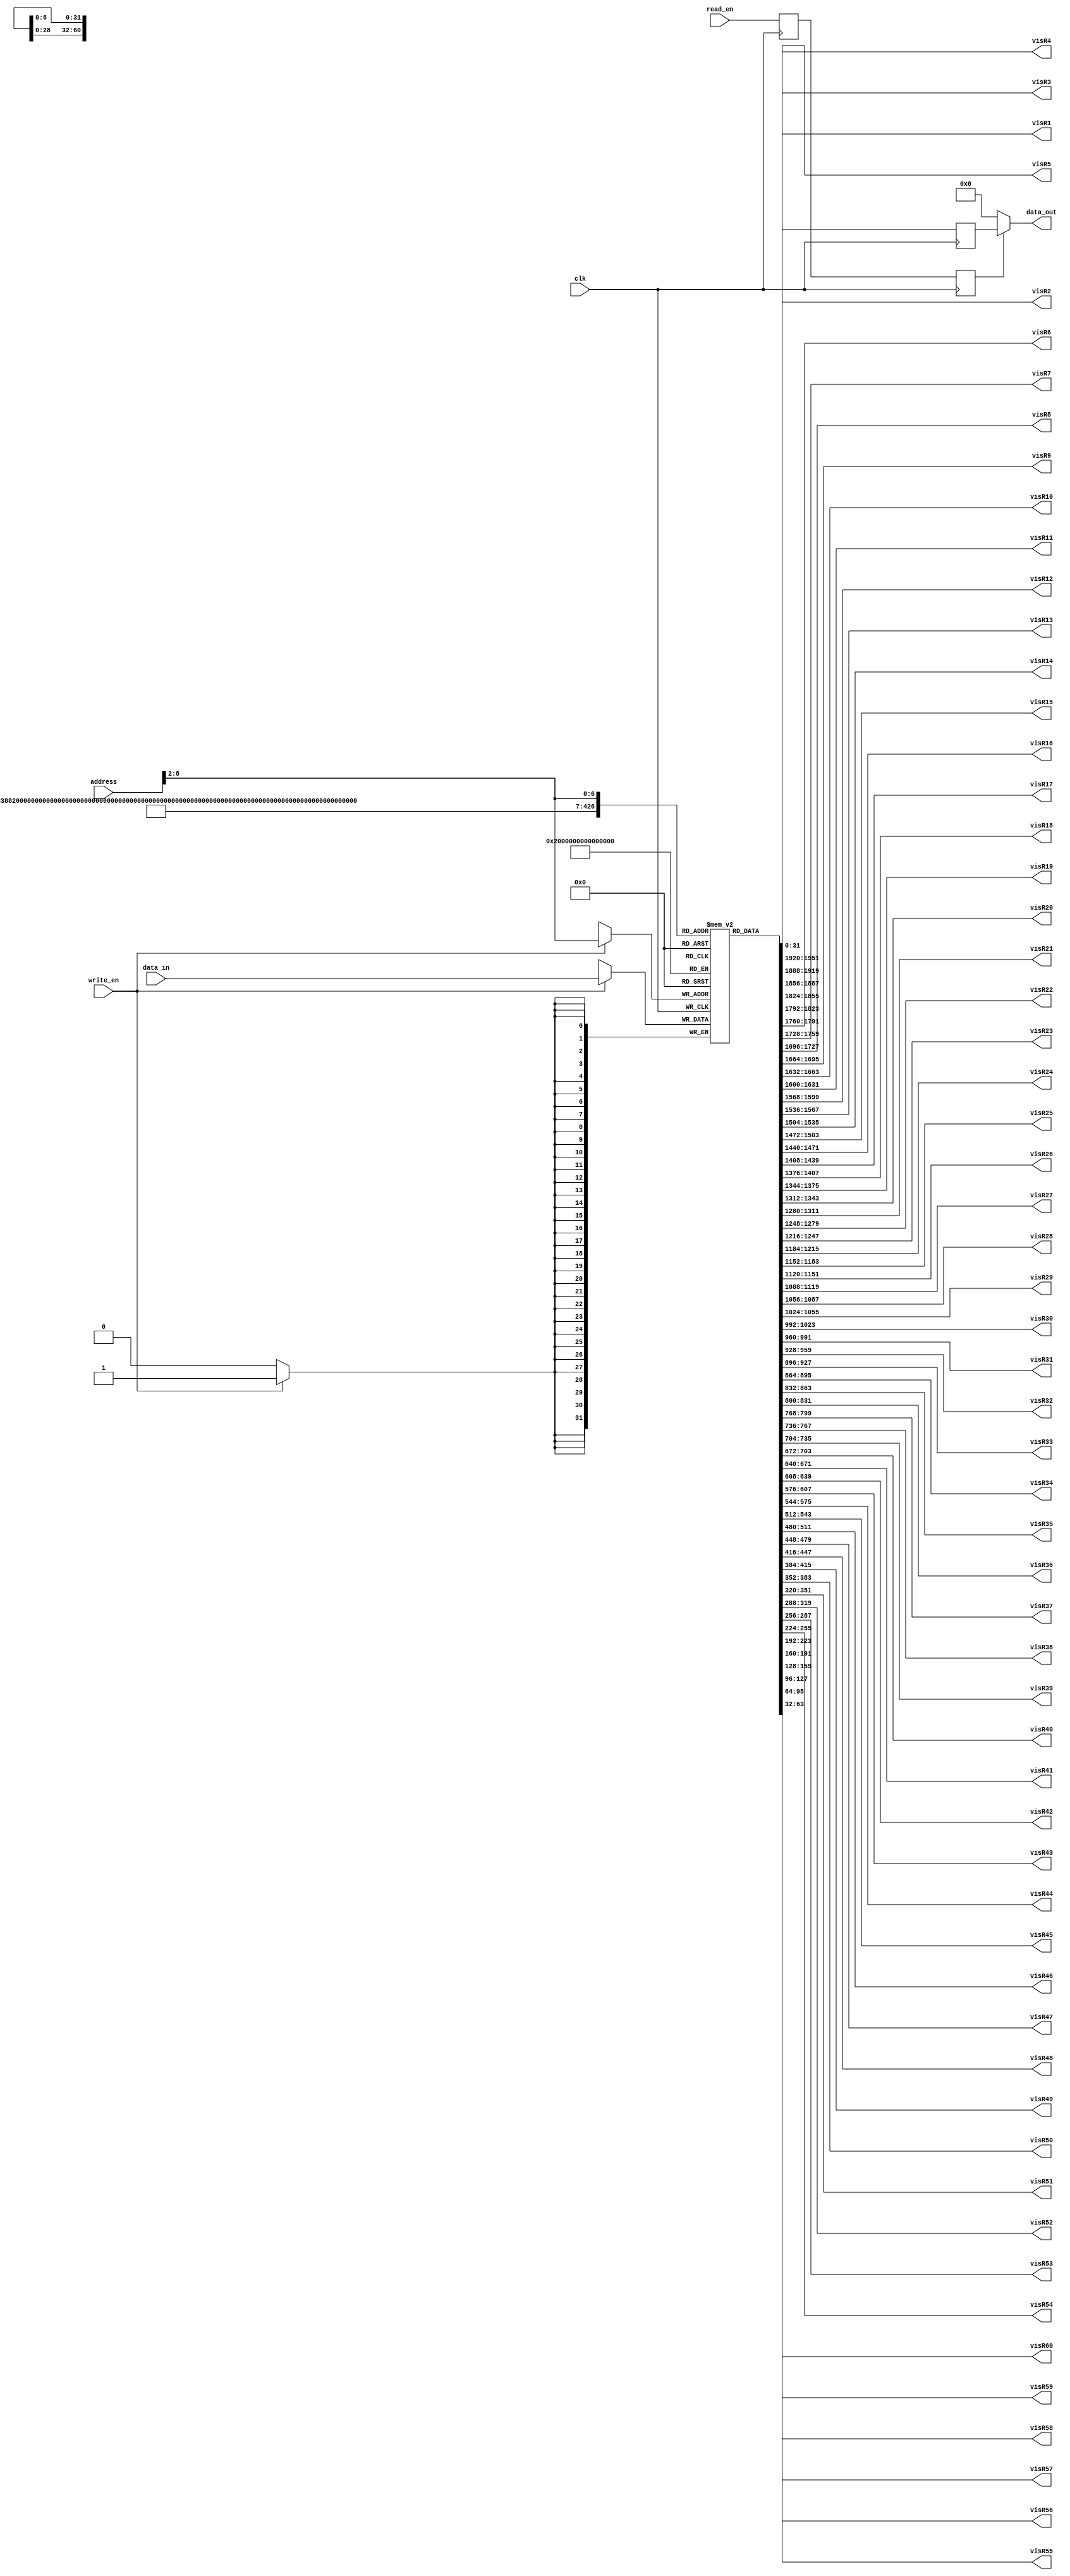
`ifndef RAM
`define RAM

`timescale 1ns / 1ps

module Ram # ( parameter DATA_WIDTH= 32, parameter ADDR_WIDTH=32, parameter MEM_SIZE=80 )
   (
    input wire 			 clk,
    input wire 			 write_en,
    input wire 			 read_en,
    input wire [ADDR_WIDTH-1:0]  address,
    input wire [DATA_WIDTH-1:0]  data_in,
    output wire [DATA_WIDTH-1:0] data_out,
    //0
    output wire [DATA_WIDTH-1:0] visR1,
    output wire [DATA_WIDTH-1:0] visR2,
    output wire [DATA_WIDTH-1:0] visR3,
    output wire [DATA_WIDTH-1:0] visR4,
    output wire [DATA_WIDTH-1:0] visR5,
    output wire [DATA_WIDTH-1:0] visR6,
    output wire [DATA_WIDTH-1:0] visR7,
    output wire [DATA_WIDTH-1:0] visR8,
    output wire [DATA_WIDTH-1:0] visR9,
    //10
    output wire [DATA_WIDTH-1:0] visR10,
    output wire [DATA_WIDTH-1:0] visR11,
    output wire [DATA_WIDTH-1:0] visR12,
    output wire [DATA_WIDTH-1:0] visR13,
    output wire [DATA_WIDTH-1:0] visR14,
    output wire [DATA_WIDTH-1:0] visR15,
    output wire [DATA_WIDTH-1:0] visR16,
    output wire [DATA_WIDTH-1:0] visR17,
    output wire [DATA_WIDTH-1:0] visR18,
    output wire [DATA_WIDTH-1:0] visR19,
    //20
    output wire [DATA_WIDTH-1:0] visR20,
    output wire [DATA_WIDTH-1:0] visR21,
    output wire [DATA_WIDTH-1:0] visR22,
    output wire [DATA_WIDTH-1:0] visR23,
    output wire [DATA_WIDTH-1:0] visR24,
    output wire [DATA_WIDTH-1:0] visR25,
    output wire [DATA_WIDTH-1:0] visR26,
    output wire [DATA_WIDTH-1:0] visR27,
    output wire [DATA_WIDTH-1:0] visR28,
    output wire [DATA_WIDTH-1:0] visR29,
    //30
    output wire [DATA_WIDTH-1:0] visR30,
    output wire [DATA_WIDTH-1:0] visR31,
    output wire [DATA_WIDTH-1:0] visR32,
    output wire [DATA_WIDTH-1:0] visR33,
    output wire [DATA_WIDTH-1:0] visR34,
    output wire [DATA_WIDTH-1:0] visR35,
    output wire [DATA_WIDTH-1:0] visR36,
    output wire [DATA_WIDTH-1:0] visR37,
    output wire [DATA_WIDTH-1:0] visR38,
    output wire [DATA_WIDTH-1:0] visR39,
    //40
    output wire [DATA_WIDTH-1:0] visR40,
    output wire [DATA_WIDTH-1:0] visR41,
    output wire [DATA_WIDTH-1:0] visR42,
    output wire [DATA_WIDTH-1:0] visR43,
    output wire [DATA_WIDTH-1:0] visR44,
    output wire [DATA_WIDTH-1:0] visR45,
    output wire [DATA_WIDTH-1:0] visR46,
    output wire [DATA_WIDTH-1:0] visR47,
    output wire [DATA_WIDTH-1:0] visR48,
    output wire [DATA_WIDTH-1:0] visR49,
    //50
    output wire [DATA_WIDTH-1:0] visR50,
    output wire [DATA_WIDTH-1:0] visR51,
    output wire [DATA_WIDTH-1:0] visR52,
    output wire [DATA_WIDTH-1:0] visR53,
    output wire [DATA_WIDTH-1:0] visR54,
    output wire [DATA_WIDTH-1:0] visR55,
    output wire [DATA_WIDTH-1:0] visR56,
    output wire [DATA_WIDTH-1:0] visR57,
    output wire [DATA_WIDTH-1:0] visR58,
    output wire [DATA_WIDTH-1:0] visR59,
    //60
    output wire [DATA_WIDTH-1:0] visR60/*,
    output wire [DATA_WIDTH-1:0] visR61,
    output wire [DATA_WIDTH-1:0] visR62,
    output wire [DATA_WIDTH-1:0] visR63,
    output wire [DATA_WIDTH-1:0] visR64,
    output wire [DATA_WIDTH-1:0] visR65,
    output wire [DATA_WIDTH-1:0] visR66,
    output wire [DATA_WIDTH-1:0] visR67,
    output wire [DATA_WIDTH-1:0] visR68,
    output wire [DATA_WIDTH-1:0] visR69,
    //70
    output wire [DATA_WIDTH-1:0] visR70,
    output wire [DATA_WIDTH-1:0] visR71,
    output wire [DATA_WIDTH-1:0] visR72,
    output wire [DATA_WIDTH-1:0] visR73,
    output wire [DATA_WIDTH-1:0] visR74,
    output wire [DATA_WIDTH-1:0] visR75,
    output wire [DATA_WIDTH-1:0] visR76,
    output wire [DATA_WIDTH-1:0] visR77,
    output wire [DATA_WIDTH-1:0] visR78,
    output wire [DATA_WIDTH-1:0] visR79,
    //80
    output wire [DATA_WIDTH-1:0] visR80,
    output wire [DATA_WIDTH-1:0] visR81,
    output wire [DATA_WIDTH-1:0] visR82,
    output wire [DATA_WIDTH-1:0] visR83,
    output wire [DATA_WIDTH-1:0] visR84,
    output wire [DATA_WIDTH-1:0] visR85,
    output wire [DATA_WIDTH-1:0] visR86,
    output wire [DATA_WIDTH-1:0] visR87,
    output wire [DATA_WIDTH-1:0] visR88,
    output wire [DATA_WIDTH-1:0] visR89,
    //90
    output wire [DATA_WIDTH-1:0] visR90,
    output wire [DATA_WIDTH-1:0] visR91,
    output wire [DATA_WIDTH-1:0] visR92,
    output wire [DATA_WIDTH-1:0] visR93,
    output wire [DATA_WIDTH-1:0] visR94,
    output wire [DATA_WIDTH-1:0] visR95,
    output wire [DATA_WIDTH-1:0] visR96,
    output wire [DATA_WIDTH-1:0] visR97,
    output wire [DATA_WIDTH-1:0] visR98,
    output wire [DATA_WIDTH-1:0] visR99,
    //100
    output wire [DATA_WIDTH-1:0] visR100,
    output wire [DATA_WIDTH-1:0] visR101,
    output wire [DATA_WIDTH-1:0] visR102,
    output wire [DATA_WIDTH-1:0] visR103,
    output wire [DATA_WIDTH-1:0] visR104,
    output wire [DATA_WIDTH-1:0] visR105,
    output wire [DATA_WIDTH-1:0] visR106,
    output wire [DATA_WIDTH-1:0] visR107,
    output wire [DATA_WIDTH-1:0] visR108,
    output wire [DATA_WIDTH-1:0] visR109,
    //110
    output wire [DATA_WIDTH-1:0] visR110,
    output wire [DATA_WIDTH-1:0] visR111,
    output wire [DATA_WIDTH-1:0] visR112,
    output wire [DATA_WIDTH-1:0] visR113,
    output wire [DATA_WIDTH-1:0] visR114,
    output wire [DATA_WIDTH-1:0] visR115,
    output wire [DATA_WIDTH-1:0] visR116,
    output wire [DATA_WIDTH-1:0] visR117,
    output wire [DATA_WIDTH-1:0] visR118,
    output wire [DATA_WIDTH-1:0] visR119,
    //120
    output wire [DATA_WIDTH-1:0] visR120,
    output wire [DATA_WIDTH-1:0] visR121,
    output wire [DATA_WIDTH-1:0] visR122,
    output wire [DATA_WIDTH-1:0] visR123,
    output wire [DATA_WIDTH-1:0] visR124,
    output wire [DATA_WIDTH-1:0] visR125,
    output wire [DATA_WIDTH-1:0] visR126,
    output wire [DATA_WIDTH-1:0] visR127,
    output wire [DATA_WIDTH-1:0] visR128*/
    );

   reg [DATA_WIDTH-1:0]          ram [MEM_SIZE:0];
   //0
   assign visR1 = ram[1];
   assign visR1 = ram[1];
   assign visR2 = ram[2];
   assign visR3 = ram[3];
   assign visR4 = ram[4];
   assign visR5 = ram[5];
   assign visR6 = ram[6];
   assign visR7 = ram[7];
   assign visR8 = ram[8];
   assign visR9 = ram[9];
   //10
   assign visR10 = ram[10];
   assign visR11 = ram[11];
   assign visR12 = ram[12];
   assign visR13 = ram[13];
   assign visR14 = ram[14];
   assign visR15 = ram[15];
   assign visR16 = ram[16];
   assign visR17 = ram[17];
   assign visR18 = ram[18];
   assign visR19 = ram[19];
   //20
   assign visR20 = ram[20];
   assign visR21 = ram[21];
   assign visR22 = ram[22];
   assign visR23 = ram[23];
   assign visR24 = ram[24];
   assign visR25 = ram[25];
   assign visR26 = ram[26];
   assign visR27 = ram[27];
   assign visR28 = ram[28];
   assign visR29 = ram[29];
   //30
   assign visR30 = ram[30];
   assign visR31 = ram[31];
   assign visR32 = ram[32];
   assign visR33 = ram[33];
   assign visR34 = ram[34];
   assign visR35 = ram[35];
   assign visR36 = ram[36];
   assign visR37 = ram[37];
   assign visR38 = ram[38];
   assign visR39 = ram[39];
   //40
   assign visR40 = ram[40];
   assign visR41 = ram[41];
   assign visR42 = ram[42];
   assign visR43 = ram[43];
   assign visR44 = ram[44];
   assign visR45 = ram[45];
   assign visR46 = ram[46];
   assign visR47 = ram[47];
   assign visR48 = ram[48];
   assign visR49 = ram[49];
   //50
   assign visR50 = ram[50];
   assign visR51 = ram[51];
   assign visR52 = ram[52];
   assign visR53 = ram[53];
   assign visR54 = ram[54];
   assign visR55 = ram[55];
   assign visR56 = ram[56];
   assign visR57 = ram[57];
   assign visR58 = ram[58];
   assign visR59 = ram[59];
   //60
   assign visR60 = ram[60];/*
   assign visR61 = ram[61];
   assign visR62 = ram[62];
   assign visR63 = ram[63];
   assign visR64 = ram[64];
   assign visR65 = ram[65];
   assign visR66 = ram[66];
   assign visR67 = ram[67];
   assign visR68 = ram[68];
   assign visR69 = ram[69];
   //70
   assign visR70 = ram[70];
   assign visR71 = ram[71];
   assign visR72 = ram[72];
   assign visR73 = ram[73];
   assign visR74 = ram[74];
   assign visR75 = ram[75];
   assign visR76 = ram[76];
   assign visR77 = ram[77];
   assign visR78 = ram[78];
   assign visR79 = ram[79];
   //80
   assign visR80 = ram[80];
   assign visR81 = ram[81];
   assign visR82 = ram[82];
   assign visR83 = ram[83];
   assign visR84 = ram[84];
   assign visR85 = ram[85];
   assign visR86 = ram[86];
   assign visR87 = ram[87];
   assign visR88 = ram[88];
   assign visR89 = ram[89];
   //90
   assign visR90 = ram[90];
   assign visR91 = ram[91];
   assign visR92 = ram[92];
   assign visR93 = ram[93];
   assign visR94 = ram[94];
   assign visR95 = ram[95];
   assign visR96 = ram[96];
   assign visR97 = ram[97];
   assign visR98 = ram[98];
   assign visR99 = ram[99];
   //100
   assign visR100 = ram[100];
   assign visR101 = ram[101];
   assign visR102 = ram[102];
   assign visR103 = ram[103];
   assign visR104 = ram[104];
   assign visR105 = ram[105];
   assign visR106 = ram[106];
   assign visR107 = ram[107];
   assign visR108 = ram[108];
   assign visR109 = ram[109];
   //110
   assign visR110 = ram[110];
   assign visR111 = ram[111];
   assign visR112 = ram[112];
   assign visR113 = ram[113];
   assign visR114 = ram[114];
   assign visR115 = ram[115];
   assign visR116 = ram[116];
   assign visR117 = ram[117];
   assign visR118 = ram[118];
   assign visR119 = ram[119];
   //120
   assign visR120 = ram[120];
   assign visR121 = ram[121];
   assign visR122 = ram[122];
   assign visR123 = ram[123];
   assign visR124 = ram[124];
   assign visR125 = ram[125];
   assign visR126 = ram[126];
   assign visR127 = ram[127];
   assign visR128 = ram[128];*/


   reg 				 delayed_read_en, output_en;
   

   reg [DATA_WIDTH-1:0]          temp_read_data;
   assign data_out= (output_en)? temp_read_data: 32'b0;


   always @(posedge clk)
     begin
	delayed_read_en <= read_en;
	output_en <= delayed_read_en;	
        if (write_en) begin
           ram[address[ADDR_WIDTH-1:2]] <= data_in;
        end

        temp_read_data <= ram[address[ADDR_WIDTH-1:2]];
     end
endmodule // Ram


`endif